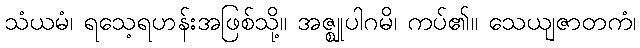
သံယမံ၊ ရသေ့ရဟန်းအဖြစ်သို့။ အဇ္ဈုပါဂမိ၊ ကပ်၏။ သေယျဇာတကံ၊